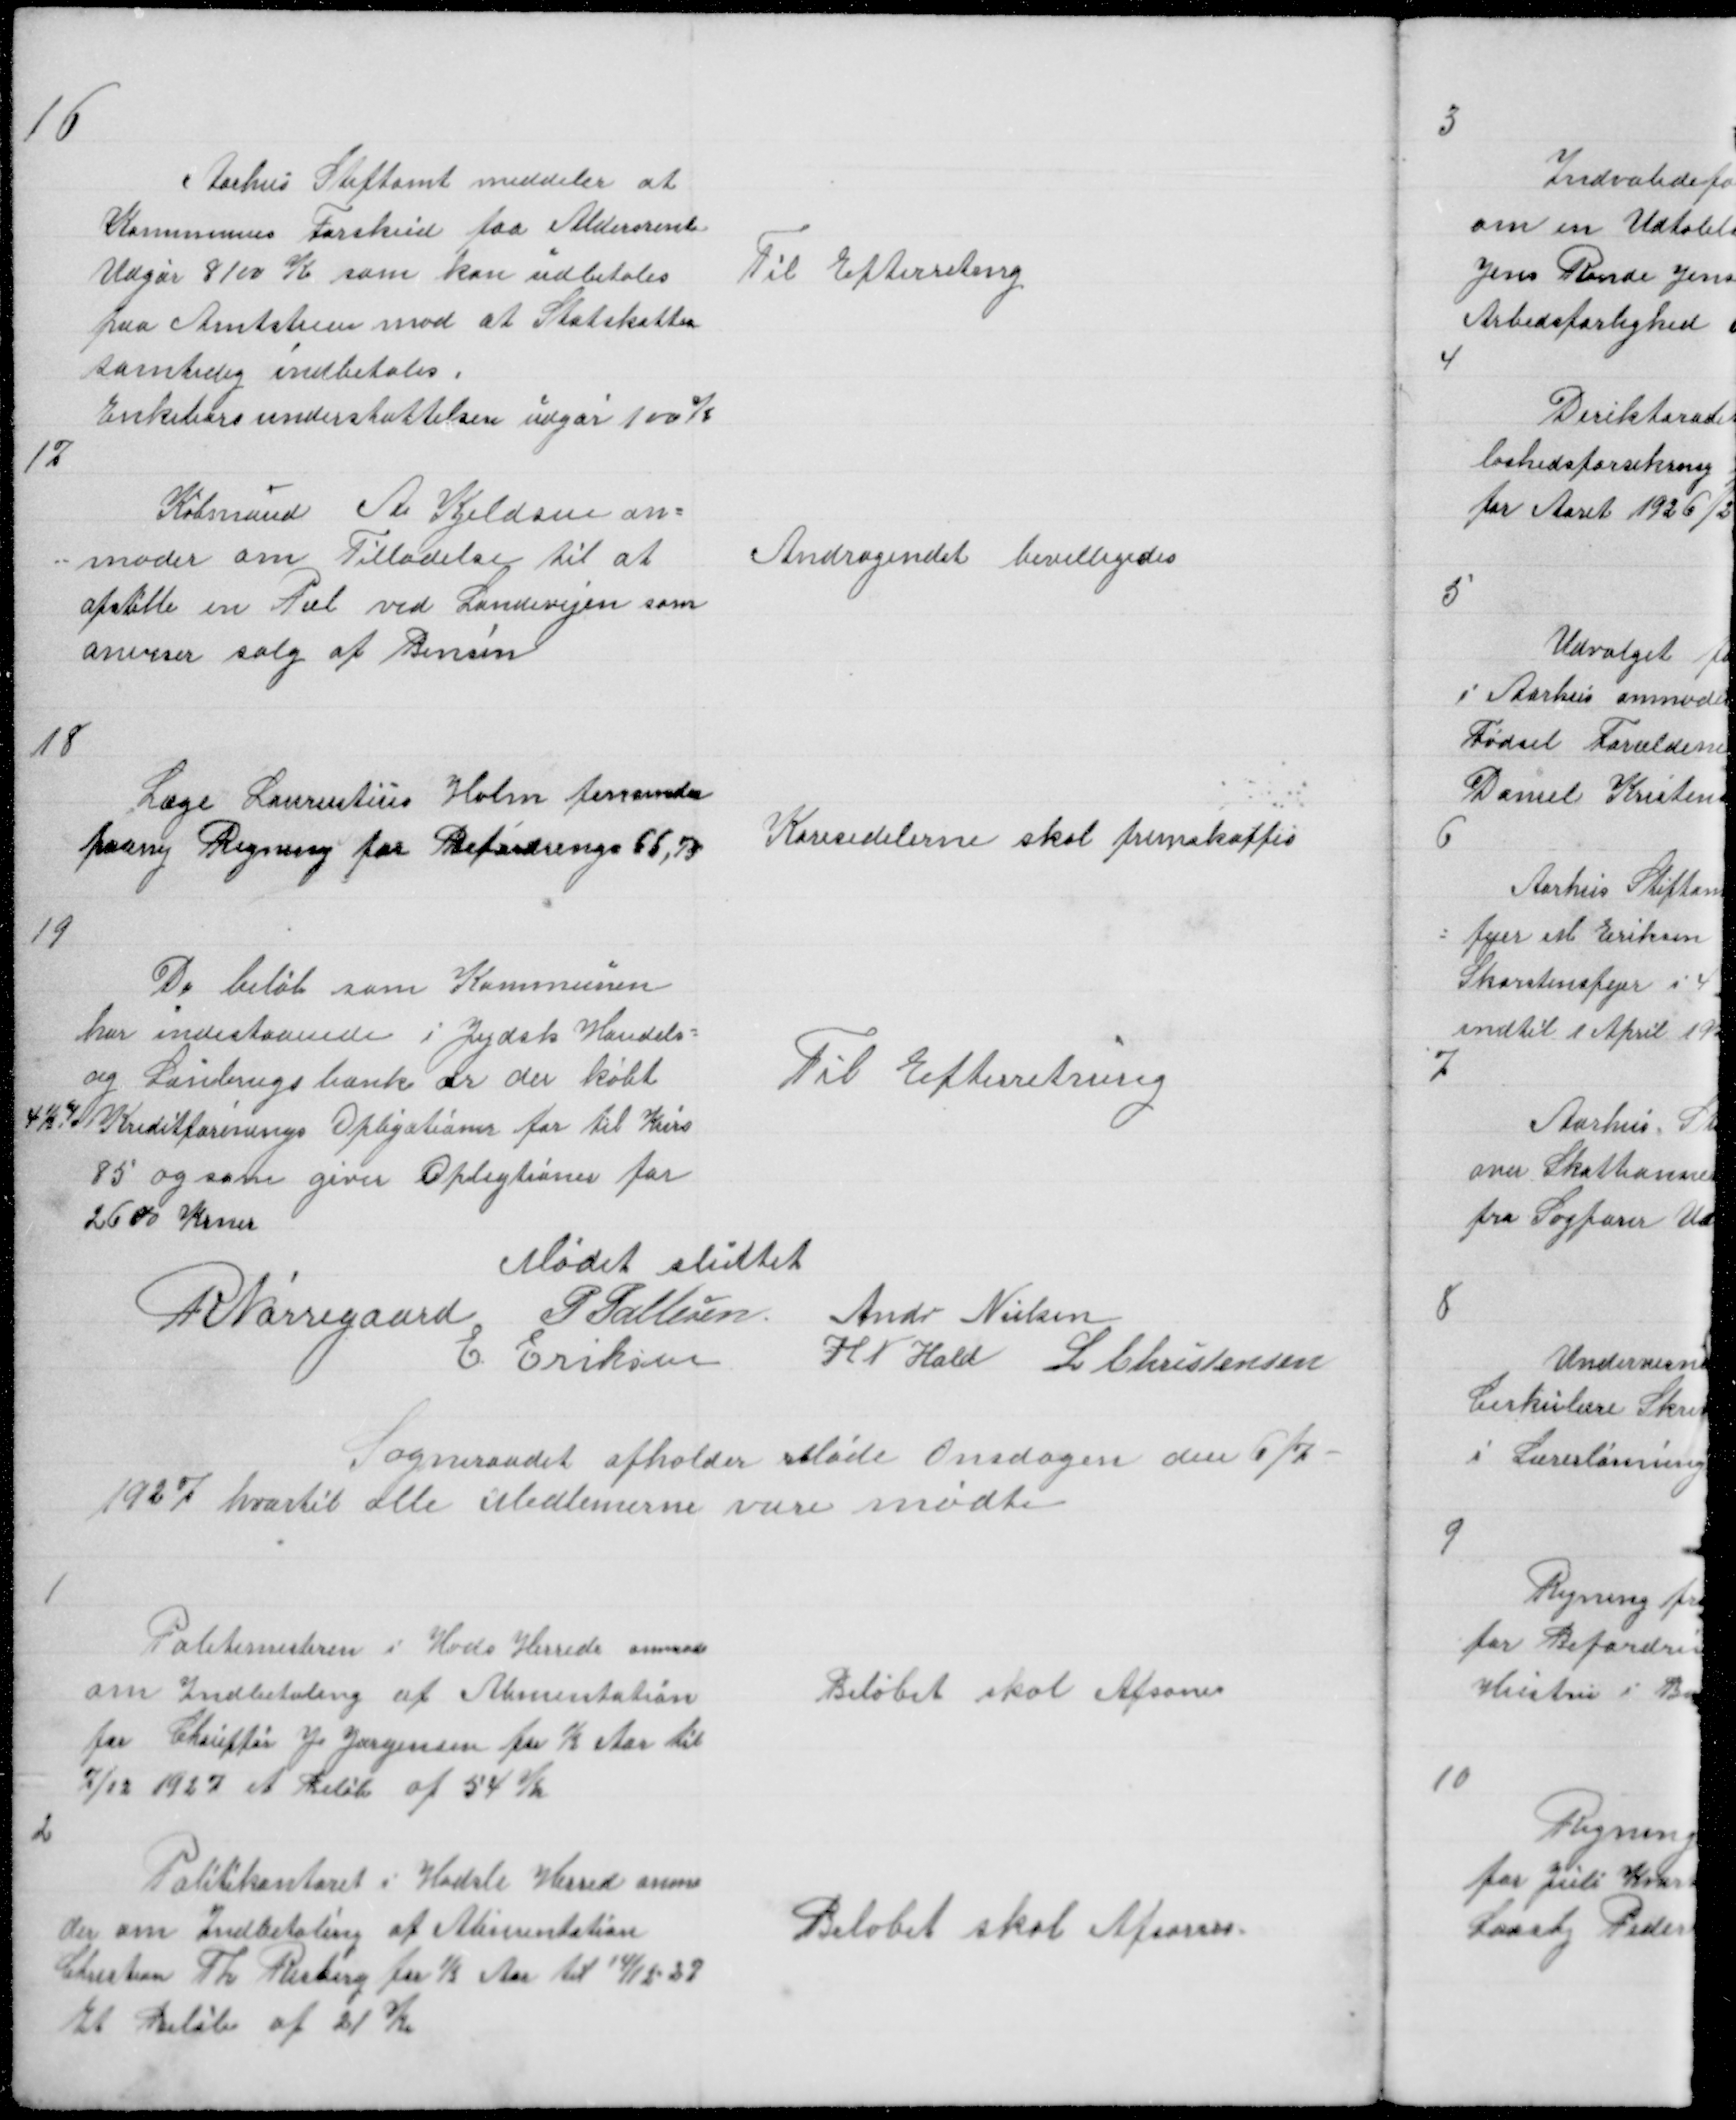
Transskription:
16

Aarhus Stiftamt meddeler at
Kommunens Forskud paa Aldersrente
Udgør 8100 K som kan udbetales
paa Amtstuen mod at Statskatten
samtidig Indbetales
Enkebørs understøttelse udgør 100%

Til Efterreting

17

Købmand A Kjeldsen an =
= moder om Tilladelse til at
opstille en Piel ved Landevejen som
anviser salg af Bensin

Andragendet bevilligedes

18

Læge Laurentius Holm fremsender
paany Regning for Befordring 66,75

Køresedelerne skal fremskaffes

19

De Beløb som Kommunen
har indestaaende i Jydsk Handels =
og Lanbrugsbank er der købt
4½ % Kreditforenings Opligationer for til Kurs
85 og som giver Opligationer for
2600 Krner

Til Efterretning

Mødet sluttet
R Nørregaard P Pallesen Andr Nielsen
E Eriksen H N Hald L Christensen

Sogneraadet afholder Møde Onsdagen den 6/7 -
1927 hvortil alle Medlemerne vare mødte

1

Politimesteren i Hads Herred anmoder
om Indbetaling af Alimentation
for Chauffør J Jørgensen for ½ Aar til
7/12 1927 et Beløb af 54 Kr

Beløbet skal Afsones

2

Politikontoret i Hadsle Herred anmo
der om Indbetaling af Alimentation
Christian Th Risberg for ½ Aar til 14/12 - 27
Et Beøb af 21 Kr

Beløbet skal Afsones